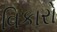
વિકારો